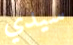
سيدي